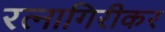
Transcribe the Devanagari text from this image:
रत्‍नागिरीकर